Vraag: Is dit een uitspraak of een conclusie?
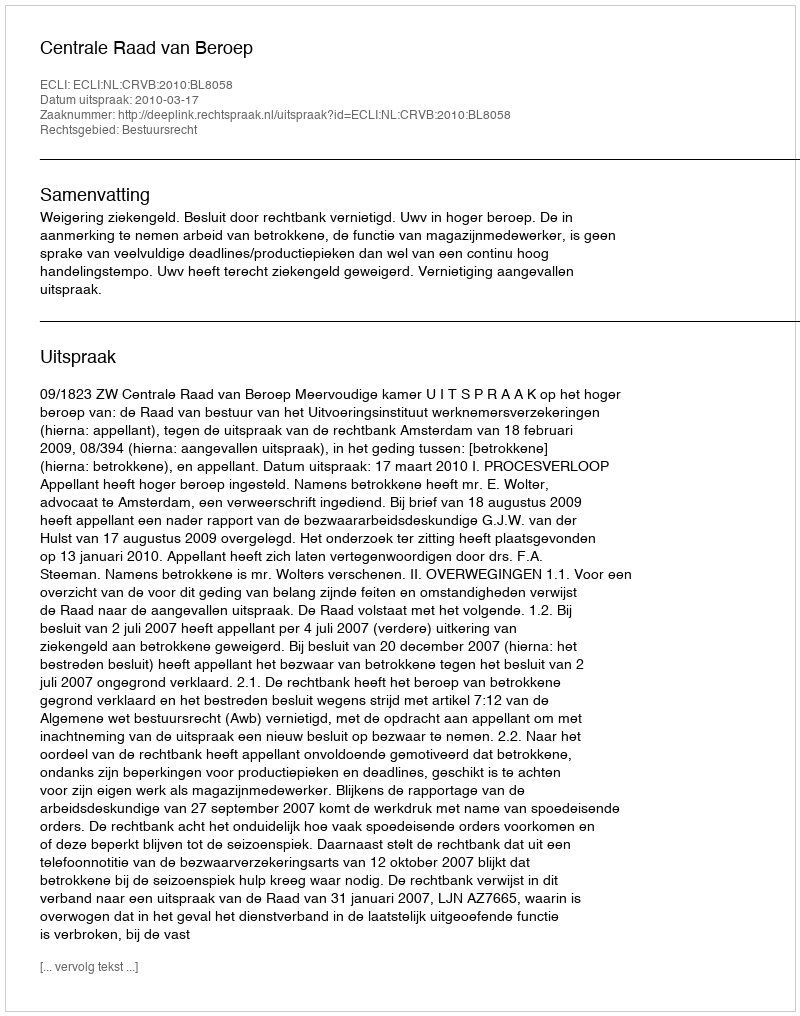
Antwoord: Uitspraak